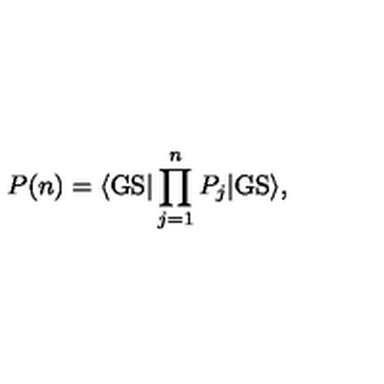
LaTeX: P ( n ) = \langle \mathrm { G S } | \prod _ { j = 1 } ^ { n } P _ { j } | \mathrm { G S } \rangle ,